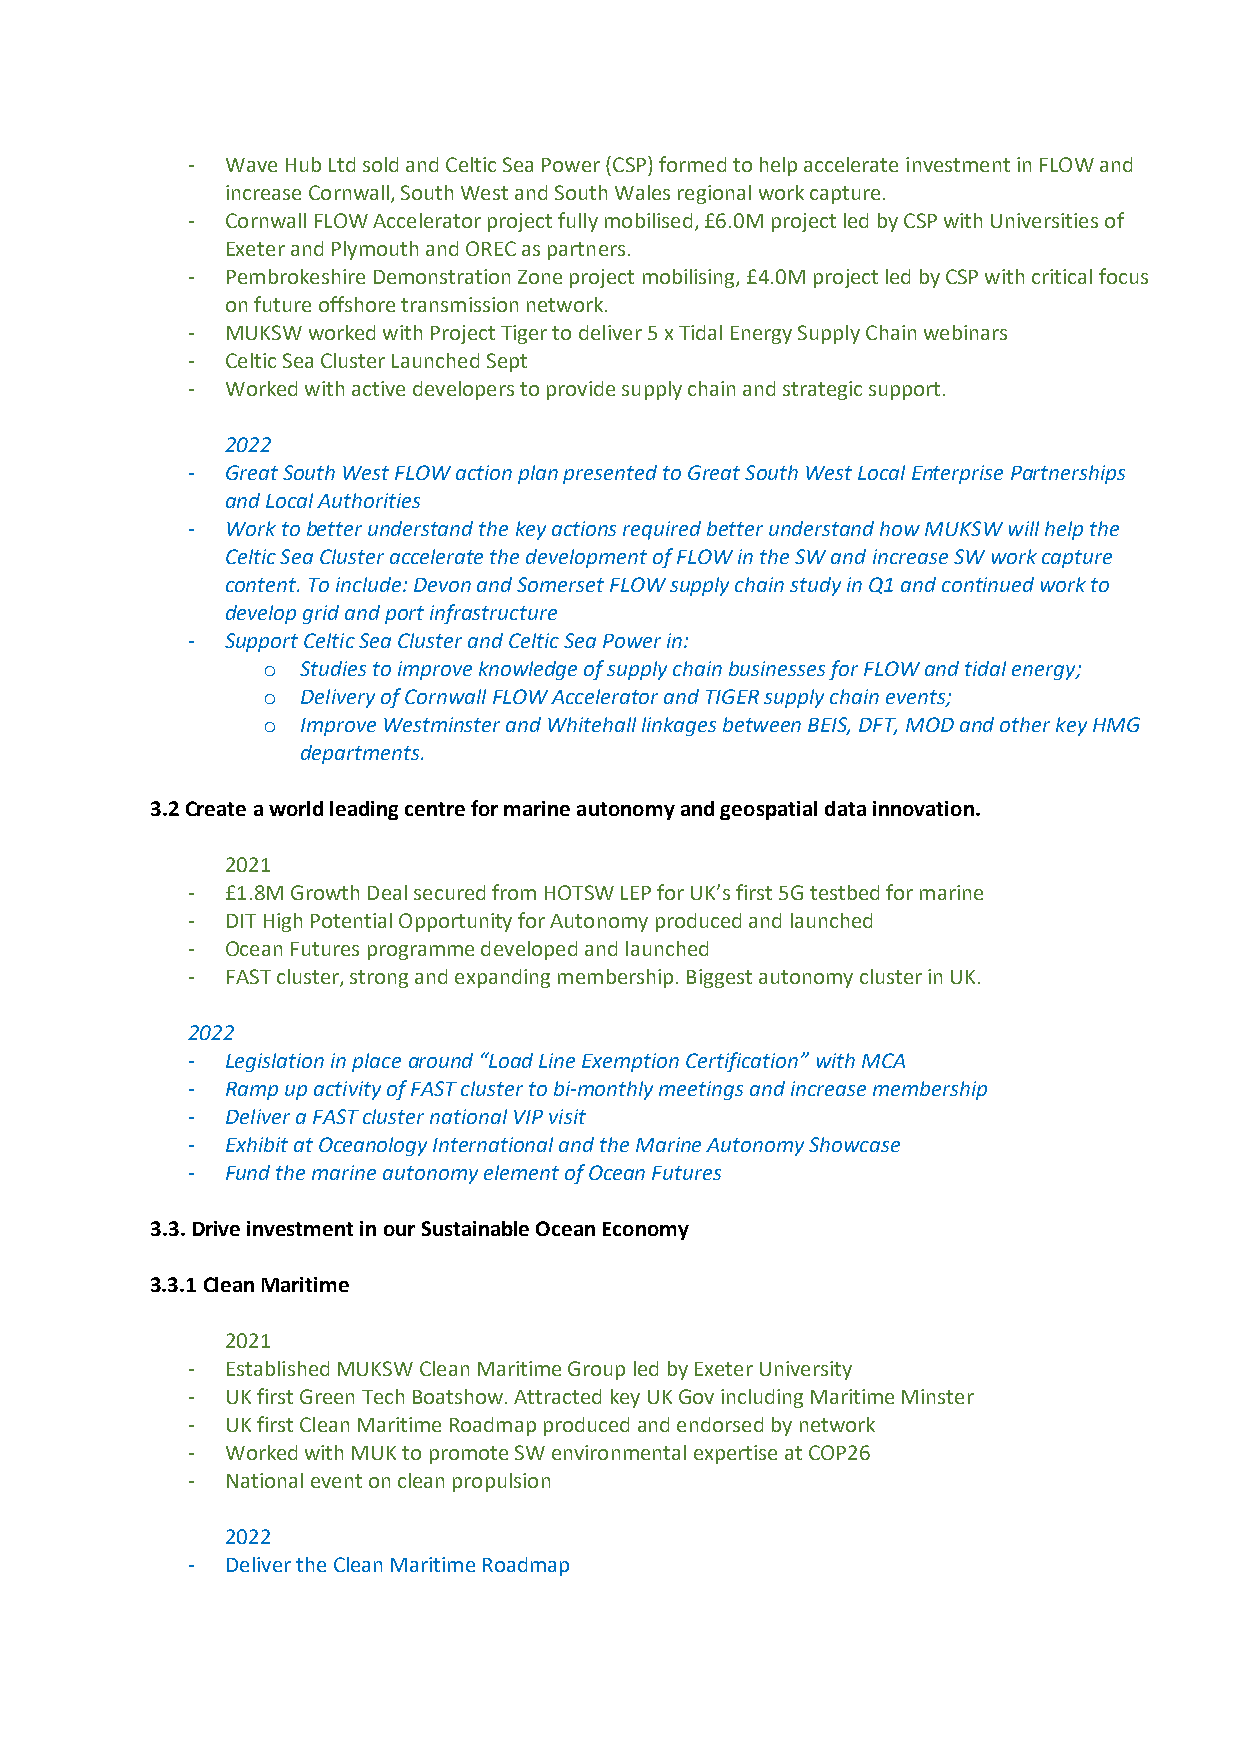
-  Wave Hub Ltd sold and Celtic Sea Power (CSP) formed to help accelerate investment in FLOW and
 increase Cornwall, South West and South Wales regional work capture.
 -  Cornwall FLOW Accelerator project fully mobilised, £6.0M project led by CSP with Universities of
 Exeter and Plymouth and OREC as partners.
 -  Pembrokeshire Demonstration Zone project mobilising, £4.0M project led by CSP with critical focus
 on future offshore transmission network.
 -  MUKSW worked with Project Tiger to deliver 5 x Tidal Energy Supply Chain webinars
 -  Celtic Sea Cluster Launched Sept
 -  Worked with active developers to provide supply chain and strategic support.
 2022
 -  Great South West FLOW action plan presented to Great South West Local Enterprise Partnerships
 and Local Authorities
 -  Work to better understand the key actions required better understand how MUKSW will help the
 Celtic Sea Cluster accelerate the development of FLOW in the SW and increase SW work capture
 content. To include: Devon and Somerset FLOW supply chain study in Q1 and continued work to
 develop grid and port infrastructure
 -  Support Celtic Sea Cluster and Celtic Sea Power in:
 o  Studies to improve knowledge of supply chain businesses for FLOW and tidal energy;
 o  Delivery of Cornwall FLOW Accelerator and TIGER supply chain events;
 o  Improve Westminster and Whitehall linkages between BEIS, DFT, MOD and other key HMG
 departments.
 3.2 Create a world leading centre for marine autonomy and geospatial data innovation.
 2021
 -  £1.8M Growth Deal secured from HOTSW LEP for UK’s first 5G testbed for marine
 -  DIT High Potential Opportunity for Autonomy produced and launched
 -  Ocean Futures programme developed and launched
 -  FAST cluster, strong and expanding membership. Biggest autonomy cluster in UK.
 2022
 -  Legislation in place around “Load Line Exemption Certification” with MCA
 -  Ramp up activity of FAST cluster to bi-monthly meetings and increase membership
 -  Deliver a FAST cluster national VIP visit
 -  Exhibit at Oceanology International and the Marine Autonomy Showcase
 -  Fund the marine autonomy element of Ocean Futures
 3.3. Drive investment in our Sustainable Ocean Economy
 3.3.1 Clean Maritime
 2021
 -  Established MUKSW Clean Maritime Group led by Exeter University
 -  UK first Green Tech Boatshow. Attracted key UK Gov including Maritime Minster
 -  UK first Clean Maritime Roadmap produced and endorsed by network
 -  Worked with MUK to promote SW environmental expertise at COP26
 -  National event on clean propulsion
 2022
 -  Deliver the Clean Maritime Roadmap